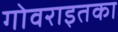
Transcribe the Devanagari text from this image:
गोवराइतका